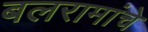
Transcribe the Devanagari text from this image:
बलरामांचे